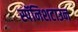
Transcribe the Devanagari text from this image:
स्पॅनिशटाउन